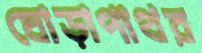
ঘোড়াপাথর